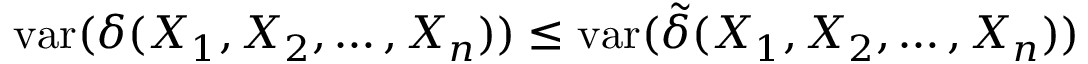
\operatorname { v a r } ( \delta ( X _ { 1 } , X _ { 2 } , \ldots , X _ { n } ) ) \leq \operatorname { v a r } ( { \tilde { \delta } } ( X _ { 1 } , X _ { 2 } , \ldots , X _ { n } ) )